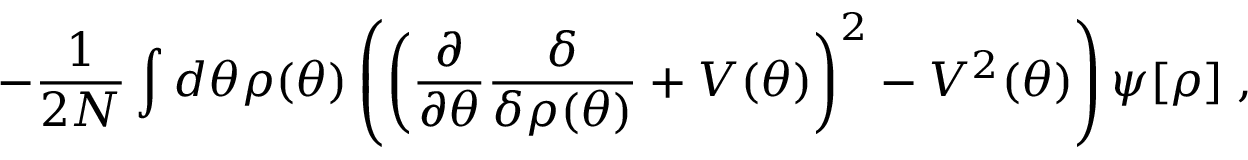
- \frac { 1 } { 2 N } \int d \theta \rho ( \theta ) \left( \left( \frac { \partial } { \partial \theta } \frac { \delta } { \delta \rho ( \theta ) } + { \cal V } ( \theta ) \right) ^ { 2 } - { \cal V } ^ { 2 } ( \theta ) \right) \psi [ \rho ] \; ,